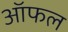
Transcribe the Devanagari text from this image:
ऑफल